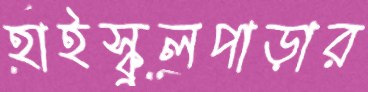
হাইস্কুলপাড়ার